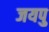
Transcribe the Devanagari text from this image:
जयपु